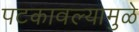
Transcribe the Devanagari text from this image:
पटकावल्यामुळे